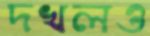
দখলও